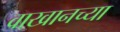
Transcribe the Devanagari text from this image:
वाखानच्या